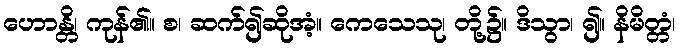
ဟောန္တိ၊ ကုန်၏။ စ၊ ဆက်၍ဆိုအံ့။ ကေသေသု၊ တို့၌။ ဒိသွာ၊ ၍။ နိမိတ္တံ၊